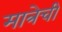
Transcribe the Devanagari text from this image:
मात्रेची